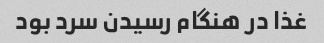
غذا در هنگام رسیدن سرد بود